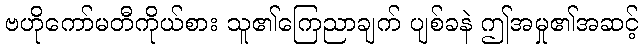
ဗဟိုကော်မတီကိုယ်စား သူ၏ကြေညာချက် ပျစ်ခနဲ ဤအမှု၏အဆင့်